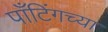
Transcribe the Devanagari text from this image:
पाँटिंगच्या